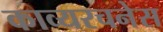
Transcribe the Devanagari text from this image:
काव्यरचनेस